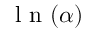
\textrm { l n } ( \alpha )